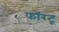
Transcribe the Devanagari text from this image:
फॉरटू